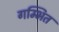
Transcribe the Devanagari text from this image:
गम्भित